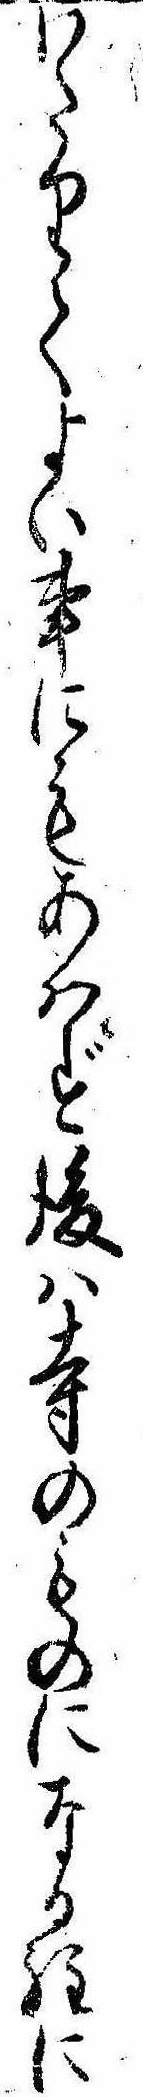
わたりてよい事にもあはず後は寺のものになる程に